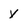
Character: y